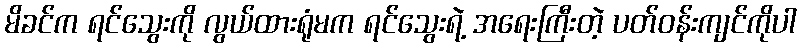
မိခင်က ရင်သွေးကို လွယ်ထားရုံမက ရင်သွေးရဲ့ အရေးကြီးတဲ့ ပတ်ဝန်းကျင်ကိုပါ